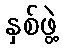
နှစ်ဖွဲ့